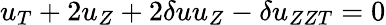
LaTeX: u_{T}+2u_{Z}+2\delta uu_{Z}-\delta u_{ZZT}=0